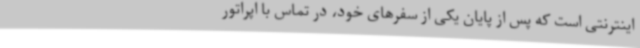
اینترنتی است که پس از پایان یکی از سفرهای خود، در تماس با اپراتور